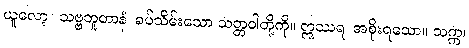
ယူလော့။ သဗ္ဗဘူတာနံ၊ ခပ်သိမ်းသော သတ္တဝါတို့ကို။ ဣဿရ၊ အစိုးရသော။ သက္က၊